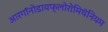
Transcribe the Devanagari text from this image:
आरगॉनोडायफ्लोरोमिथॅनियम